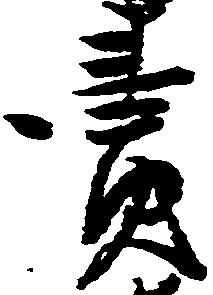
売